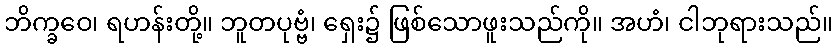
ဘိက္ခဝေ၊ ရဟန်းတို့။ ဘူတပုဗ္ဗံ၊ ရှေး၌ ဖြစ်သောဖူးသည်ကို။ အဟံ၊ ငါဘုရားသည်။